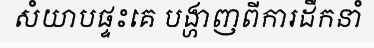
សំយាបផ្ទះគេ បង្ហាញពីការដឹកនាំ